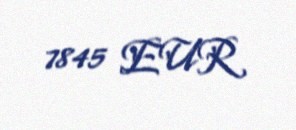
7845 EUR